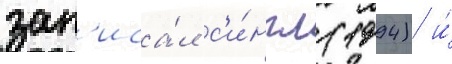
зап'иса́л с'и́нгл (1994) и́